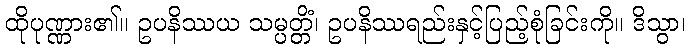
ထိုပုဏ္ဏား၏။ ဥပနိဿယ သမ္ပတ္တိံ၊ ဥပနိဿရည်းနှင့်ပြည့်စုံခြင်းကို။ ဒိသွာ၊